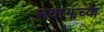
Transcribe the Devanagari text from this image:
नवाझच्या